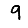
Digit: 9